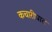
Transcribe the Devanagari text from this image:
कचारीघाट